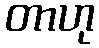
တာဟု